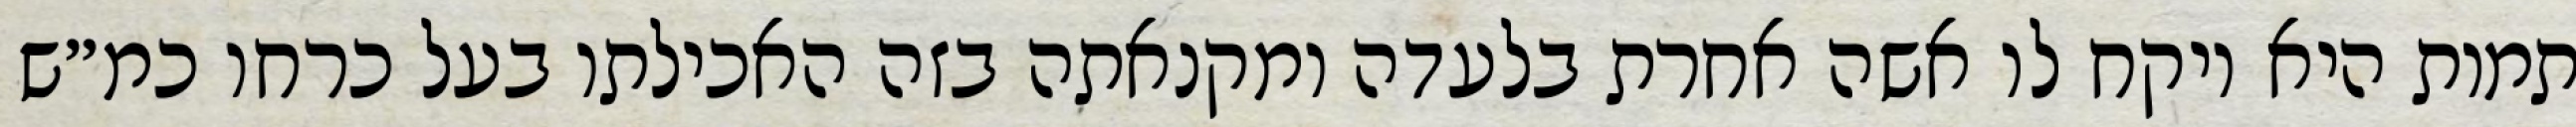
תמות היא ויקח לו אשה אחרת בלעדה ומקנאתה בזה האכילתו בעל כרחו כמ״ש